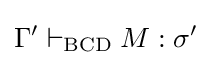
\Gamma '\vdash _{\text{BCD}}M:\sigma '